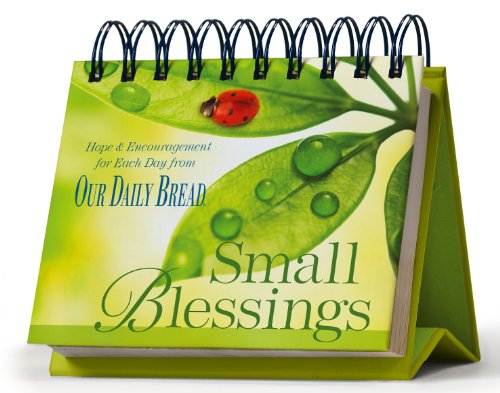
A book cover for Small Blessings Perpetual Calendar: Hope and Encouragement for Each Day from Our Daily Bread; Calendars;